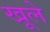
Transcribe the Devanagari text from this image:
खूले